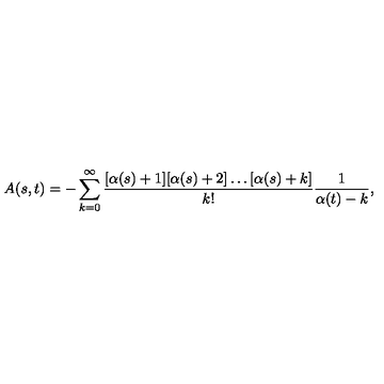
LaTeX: A ( s , t ) = - \sum _ { k = 0 } ^ { \infty } \frac { [ \alpha ( s ) + 1 ] [ \alpha ( s ) + 2 ] \ldots [ \alpha ( s ) + k ] } { k ! } \frac { 1 } { \alpha ( t ) - k } ,